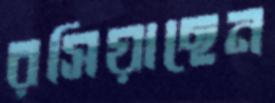
রসিয়াছেন